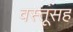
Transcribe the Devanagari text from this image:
वस्तूंसह